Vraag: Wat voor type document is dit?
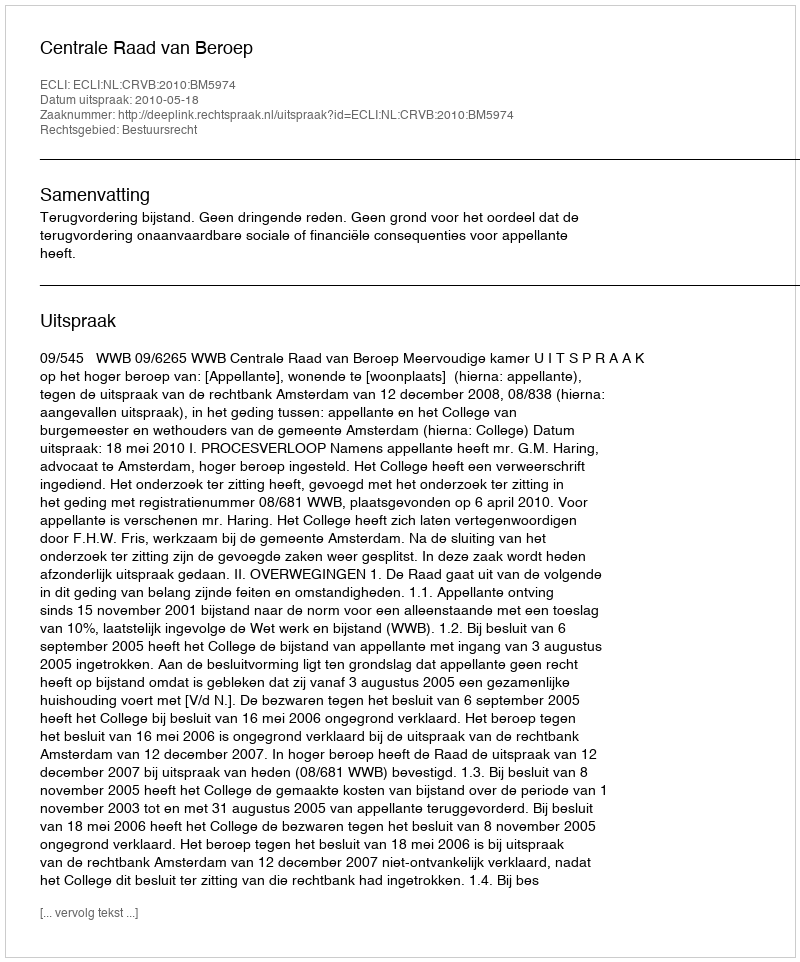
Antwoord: Uitspraak